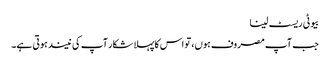
بیوٹی ریسٹ لینا
جب آپ مصروف ہوں، تو اس کاپہلا شکار آپ کی نیند ہوتی ہے۔